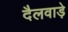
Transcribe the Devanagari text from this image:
दैलवाड़े